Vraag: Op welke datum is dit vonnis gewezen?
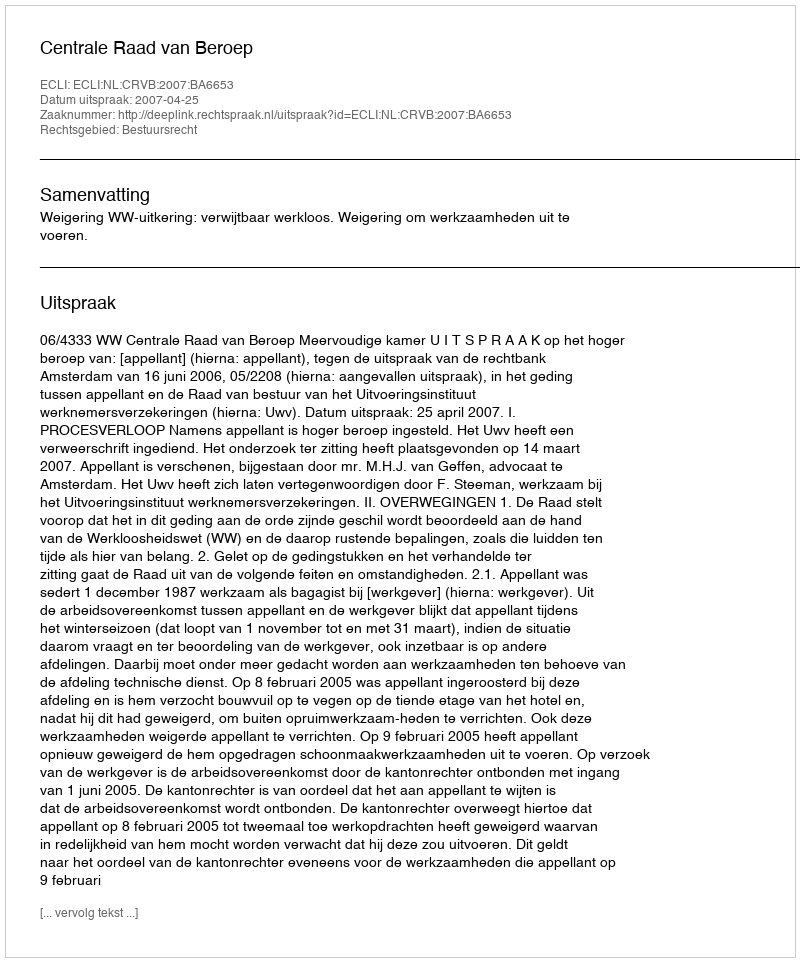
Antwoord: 2007-04-25